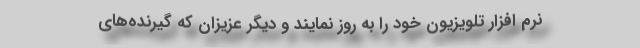
نرم افزار تلویزیون خود را به روز نمایند و دیگر عزیزان که گیرنده‌های